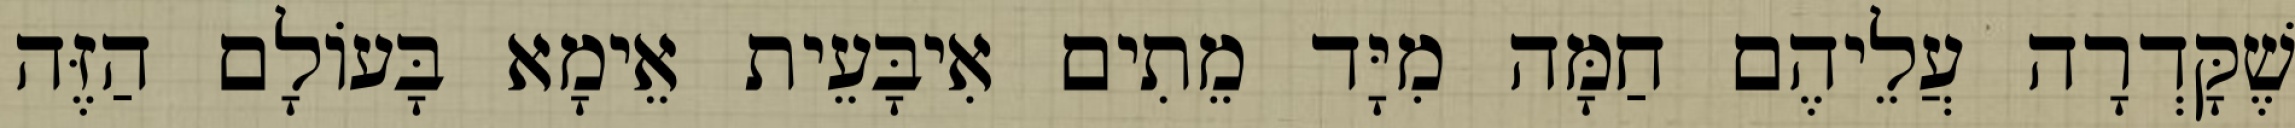
שֶׁקָּדְרָה עֲלֵיהֶם חַמָּה מִיָּד מֵתִים אִיבָּעֵית אֵימָא בָּעוֹלָם הַזֶּה